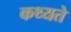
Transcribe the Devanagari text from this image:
कथ्यते